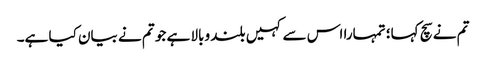
تم نے سچ کہا؛ تمہارا اس سے کہیں بلند وبالا ہے جو تم نے بیان کیا ہے۔